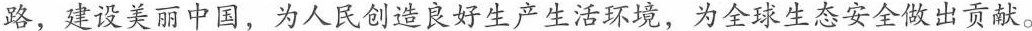
路，建设美丽中国，为人民创造良好生产生活环境，为全球生态安全做出贡献。